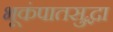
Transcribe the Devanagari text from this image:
भूकंपातसुद्धा